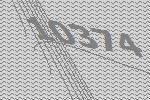
10374